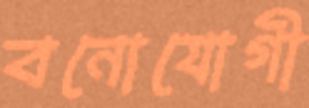
বনোযোগী